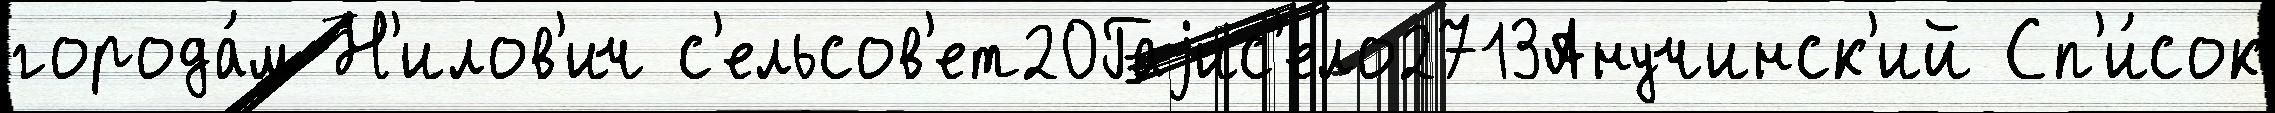
города́м Н'илов'ич с'ельсов'ет20Гаjис'ело2713Анучинск'ий Сп'и́сок